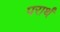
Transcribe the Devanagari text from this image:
परार्थं